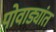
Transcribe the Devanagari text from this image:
पोवाड्यांत